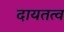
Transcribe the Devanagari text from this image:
दायतत्व